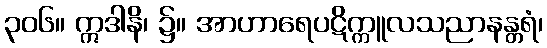
၃၀၆။ ဣဒါနိ၊ ၌။ အာဟာရေပဋိက္ကူလသညာနန္တရံ၊